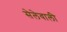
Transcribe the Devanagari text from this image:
सेलेवाली